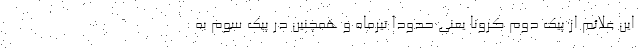
این علائم از پیک دوم کرونا یعنی حدودا تیرماه و همچنین در پیک سوم به